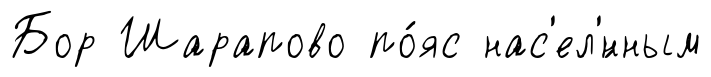
Бор Шарапово по́яс нас'ел'́нным